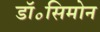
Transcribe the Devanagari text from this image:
डॉ॰सिमोन